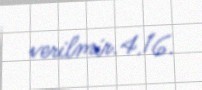
verilmir.4.16.